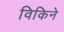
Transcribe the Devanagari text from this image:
विकिने